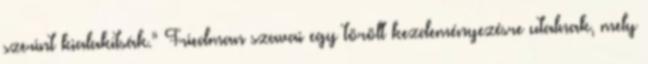
szerint kialakítsák.” Friedman szavai egy törölt kezdeményezésre utalnak, mely